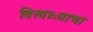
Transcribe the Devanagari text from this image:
विखाऱ्याचा